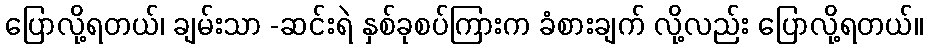
ပြောလို့ရတယ်၊ ချမ်းသာ -ဆင်းရဲ နှစ်ခုစပ်ကြားက ခံစားချက် လို့လည်း ပြောလို့ရတယ်။